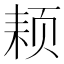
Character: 𬱜